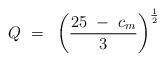
LaTeX: \begin{align*}Q~=~\left ( {{25~-~c_m} \over 3} \right )^{\frac12} \end{align*}